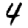
Digit: 4